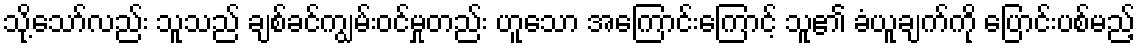
သို့သော်လည်း သူသည် ချစ်ခင်ကျွမ်းဝင်မှုတည်း ဟူသော အကြောင်းကြောင့် သူ၏ ခံယူချက်ကို ပြောင်းပစ်မည့်